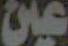
عين